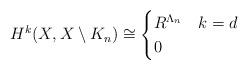
LaTeX: \begin{align*}H^k(X, X\setminus K_n) \cong\begin{cases} R^{\Lambda_n} &k=d\\0 &\end{cases}\end{align*}